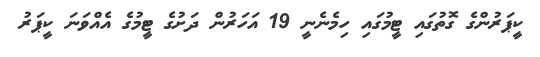
ކީޕަރުންގެ ގޮތުގައި ޓީމުގައި ހިމެނެނީ 19 އަހަރުން ދަށުގެ ޓީމުގެ އެއްވަނަ ކީޕަރު